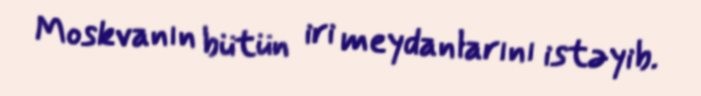
Moskvanın bütün iri meydanlarını istəyib.